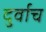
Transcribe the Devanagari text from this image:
दुर्वाच